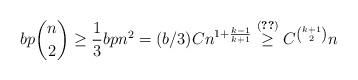
LaTeX: \begin{align*}bp\binom n2\ge\frac13bpn^2=(b/3)Cn^{1+\frac{k-1}{k+1}}\overset{\eqref{final}}{\ge}C^{\binom{k+1}2}n\end{align*}